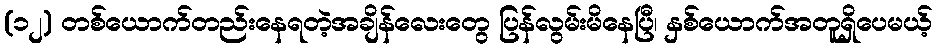
(၁၂) တစ်ယောက်တည်းနေရတဲ့အချိန်လေးတွေ ပြန်လွမ်းမိနေပြီ၊ နှစ်ယောက်အတူရှိပေမယ့်